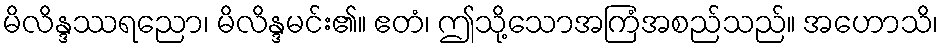
မိလိန္ဒဿရညော၊ မိလိန္ဒမင်း၏။ ဧတံ၊ ဤသို့သောအကြံအစည်သည်။ အဟောသိ၊